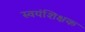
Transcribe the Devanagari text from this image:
स्वयंशिक्षक